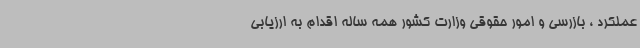
عملکرد ، بازرسی و امور حقوقی وزارت کشور همه ساله اقدام به ارزیابی